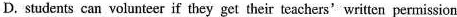
D. students can volunteer if they get their teachers' written permission